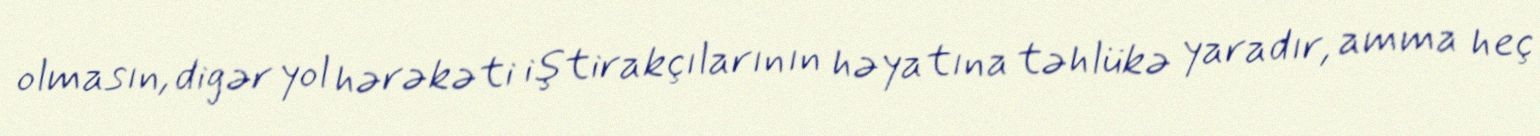
olmasın, digər yol hərəkəti iştirakçılarının həyatına təhlükə yaradır, amma heç